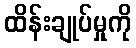
ထိန်းချုပ်မှုကို